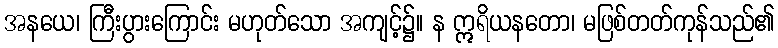
အနယေ၊ ကြီးပွားကြောင်း မဟုတ်သော အကျင့်၌။ န ဣရိယနတော၊ မဖြစ်တတ်ကုန်သည်၏